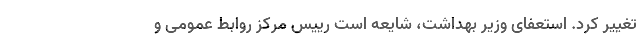
تغییر کرد. استعفای وزیر بهداشت، شایعه است رییس مرکز روابط عمومی و